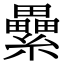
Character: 纍